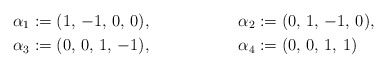
\begin{align*} & \alpha_{1} := (1,\,-1,\,0,\,0), & & \alpha_{2} := (0,\,1,\,-1,\,0), \\ & \alpha_{3} := (0,\,0,\,1,\,-1), & & \alpha_{4} := (0,\,0,\,1,\,1)\end{align*}